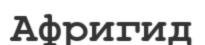
Афригид